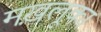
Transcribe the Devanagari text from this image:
मख़लूका